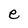
Character: e